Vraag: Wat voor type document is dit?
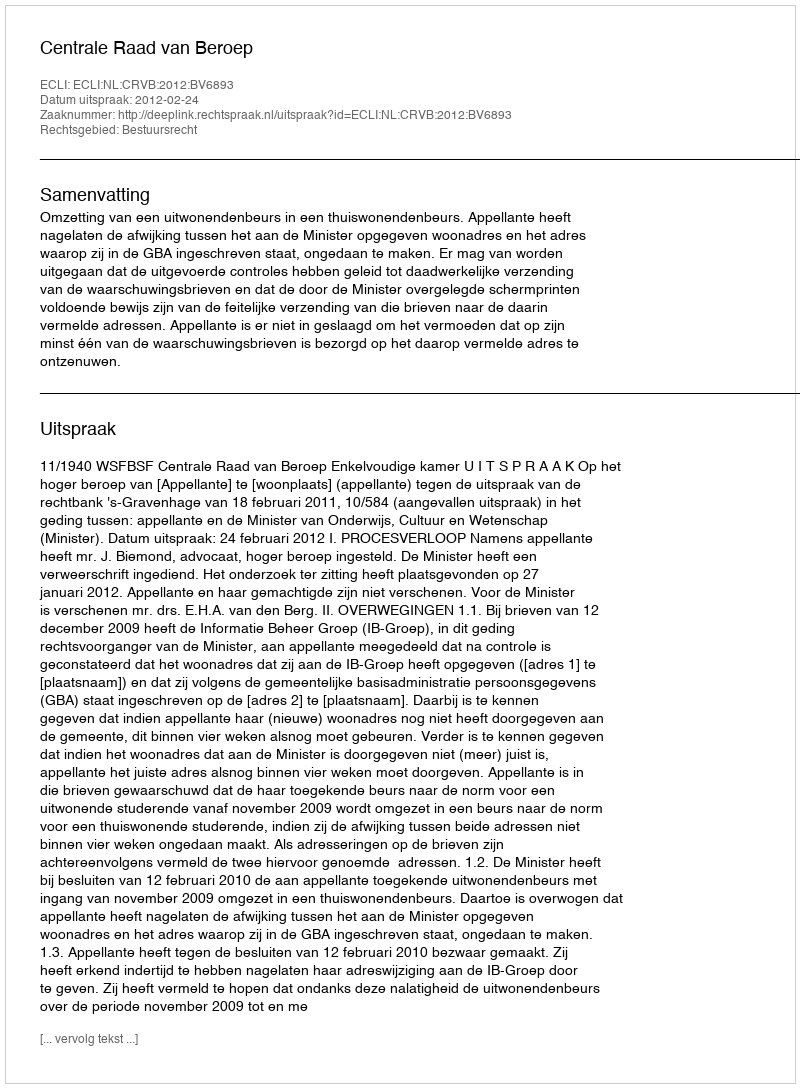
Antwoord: Uitspraak